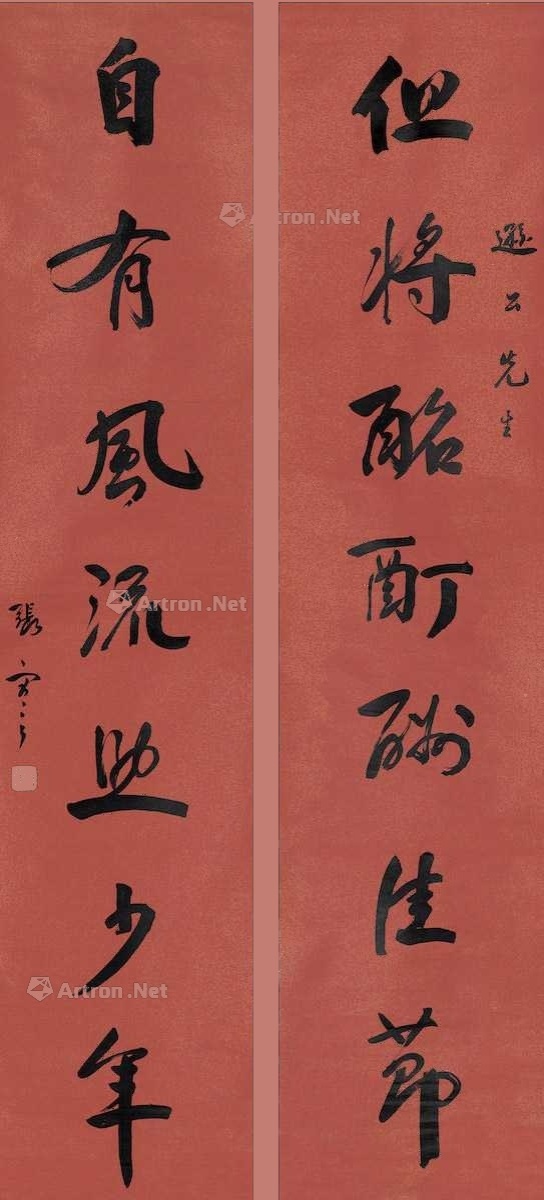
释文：但将酩酊酬佳节，自有风流助少年。逊公先生，张謇。